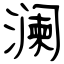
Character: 澜